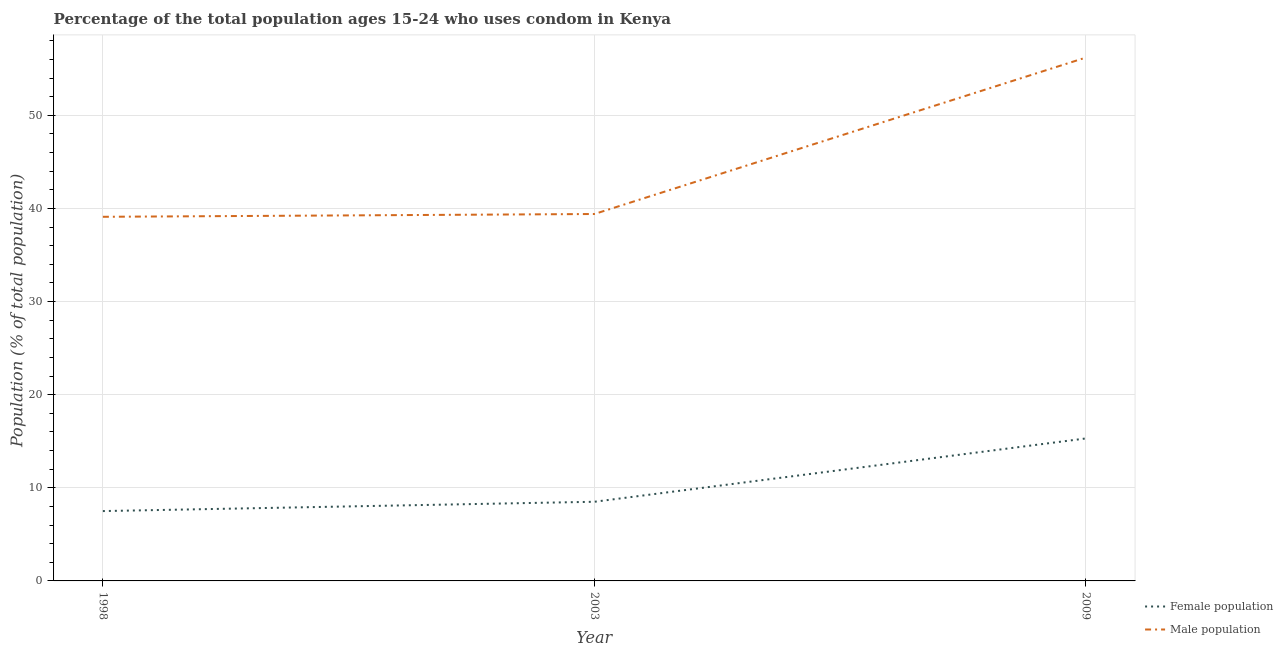
| Year | Female population | Male population |
 | --- | --- | --- |
 | 1998 | 7.5 | 39.1 |
 | 2003 | 8.5 | 39.4 |
 | 2009 | 15.3 | 56.2 |